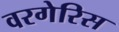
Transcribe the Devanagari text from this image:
वरगेरिस